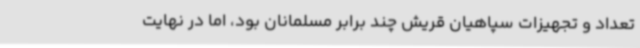
تعداد و تجهیزات سپاهیان قریش چند برابر مسلمانان بود، اما در نهایت